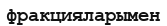
фракцияларымен